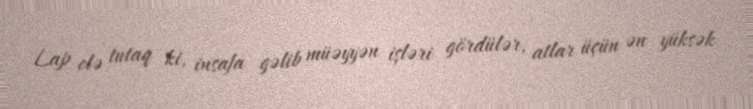
Lap elə tutaq ki, insafa gəlib müəyyən işləri gördülər, atlar üçün ən yüksək